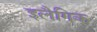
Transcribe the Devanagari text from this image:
इलैगिक